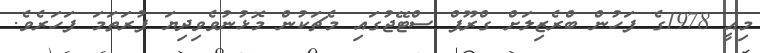
މިއީ 1978ގެ ފަހުން ބްރެޒިލަށް ގްރޫޕް ސްޓޭޖުގައި މެޗަކުން މޮޅުނުވެވިދިޔަ ފުރަތަމަ ފަހަރެވެ.